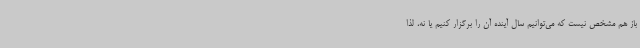
باز هم مشخص نیست که می‌توانیم سال آینده آن را برگزار کنیم یا نه، لذا